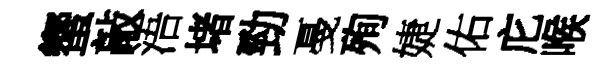
蠁敲浯堵勁戞殉婕佑庀喉